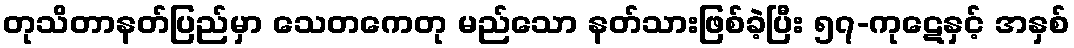
တုသိတာနတ်ပြည်မှာ သေတကေတု မည်သော နတ်သားဖြစ်ခဲ့ပြီး ၅၇-ကုဋေနှင့် အနှစ်